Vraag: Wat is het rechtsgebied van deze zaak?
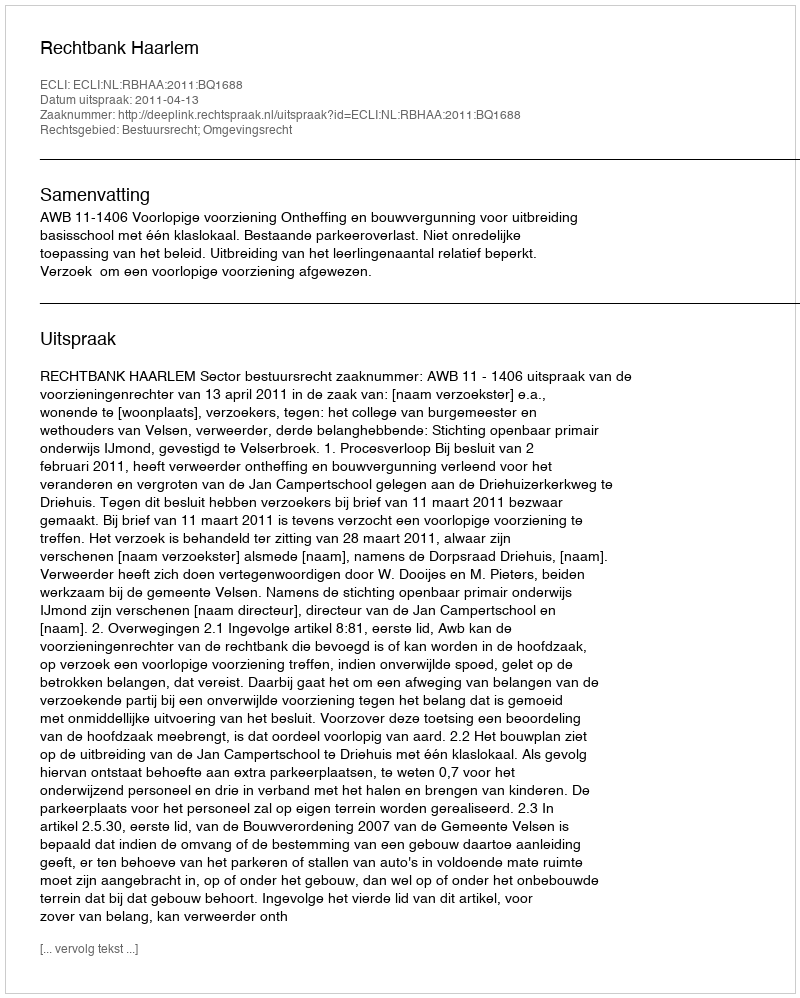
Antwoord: Bestuursrecht; Omgevingsrecht